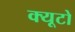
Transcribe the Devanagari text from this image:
क्यूटो